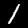
Label: 1